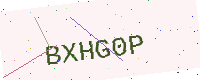
Text: BXHG0P